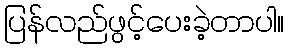
ပြန်လည်ဖွင့်ပေးခဲ့တာပါ။